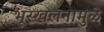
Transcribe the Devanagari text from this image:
भूस्खलनामुळे